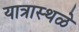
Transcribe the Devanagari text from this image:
यात्रास्थळे